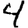
Digit: 4